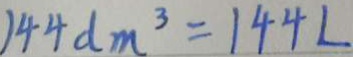
1 4 4 d m ^ { 3 } = 1 4 4 L